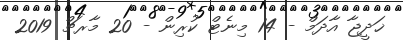
ޚަދީޖާ އާދަމް - 14 މިނެޓް ކުރިން - 20 މާރޗް 2019